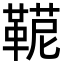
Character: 𩋪